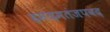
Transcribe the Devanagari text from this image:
हमदमतंजपवद